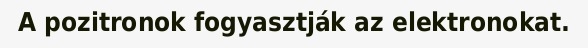
A pozitronok fogyasztják az elektronokat.